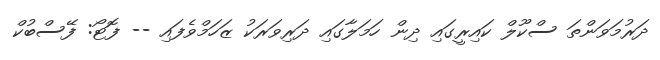
ދަރުމަވަންތަ ސްކޫލް ކައިރީގައި ދިން ހަމަލާގައި ދަރިވަރަކު ޒަހަމްވެފައި -- ފޮޓޯ: ފޭސްބުކް